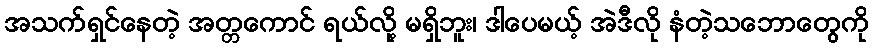
အသက်ရှင်နေတဲ့ အတ္တကောင် ရယ်လို့ မရှိဘူး၊ ဒါပေမယ့် အဲဒီလို နံတဲ့သဘောတွေကို